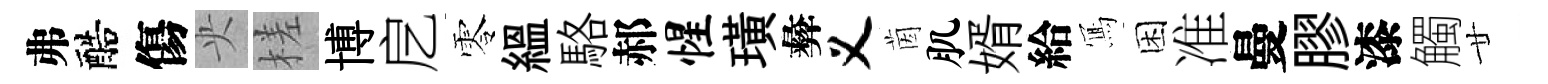
弗醅傷央槎博戹零緼駱郝惺璜彜义茵肌婿給𭂁困准曼膠漆觸廿